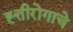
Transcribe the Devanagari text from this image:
ह्त्तीरोगाचे